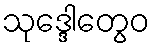
သုဒ္ဒေါတွေဝ